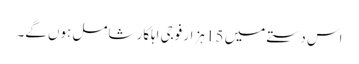
اس دستے میں 15 ہزار فوجی اہلکار شامل ہوں گے۔